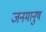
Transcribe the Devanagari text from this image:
जनमानुष